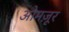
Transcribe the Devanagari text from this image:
ओमज़ूर